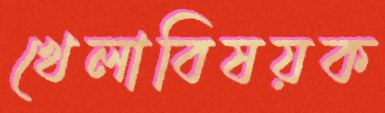
খেলাবিষয়ক